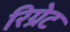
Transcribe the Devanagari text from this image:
रिग्रेट